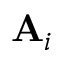
\mathbf { A } _ { i }